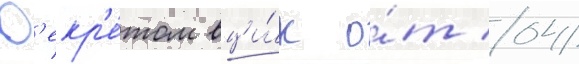
Д'екр'е́том вци́к о́т 04